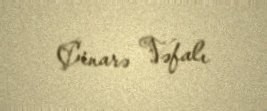
Çinarə Vəfalı